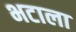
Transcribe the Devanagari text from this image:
भटाला